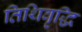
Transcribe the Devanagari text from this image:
तिथिवृद्धि